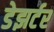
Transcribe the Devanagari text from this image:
डेझर्टर